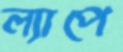
ল্যাপে